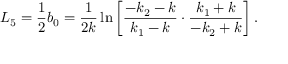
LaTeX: L _ { 5 } = \frac { 1 } { 2 } b _ { 0 } = \frac { 1 } { 2 k } \ln \left[ \frac { - k _ { 2 } - k } { k _ { 1 } - k } \cdot \frac { k _ { 1 } + k } { - k _ { 2 } + k } \right] .